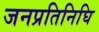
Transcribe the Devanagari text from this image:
जनप्रतिनिघि